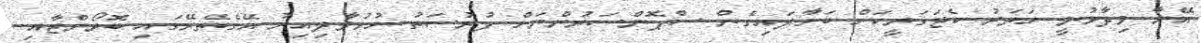
އޭނާ ވިދާޅުވީ ހަތަރު ކެޓަގަރީކަށް ބަހާލައިގެން ސްޕޮންސަރުންނަށް ފުރުސަތު ހުޅުވާލިއިރު އޭގެތެރޭގައި ބޮރޯންޒާއި